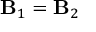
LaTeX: \mathbf { B } _ { 1 } = \mathbf { B } _ { 2 }